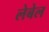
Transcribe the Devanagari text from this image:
लेबेल